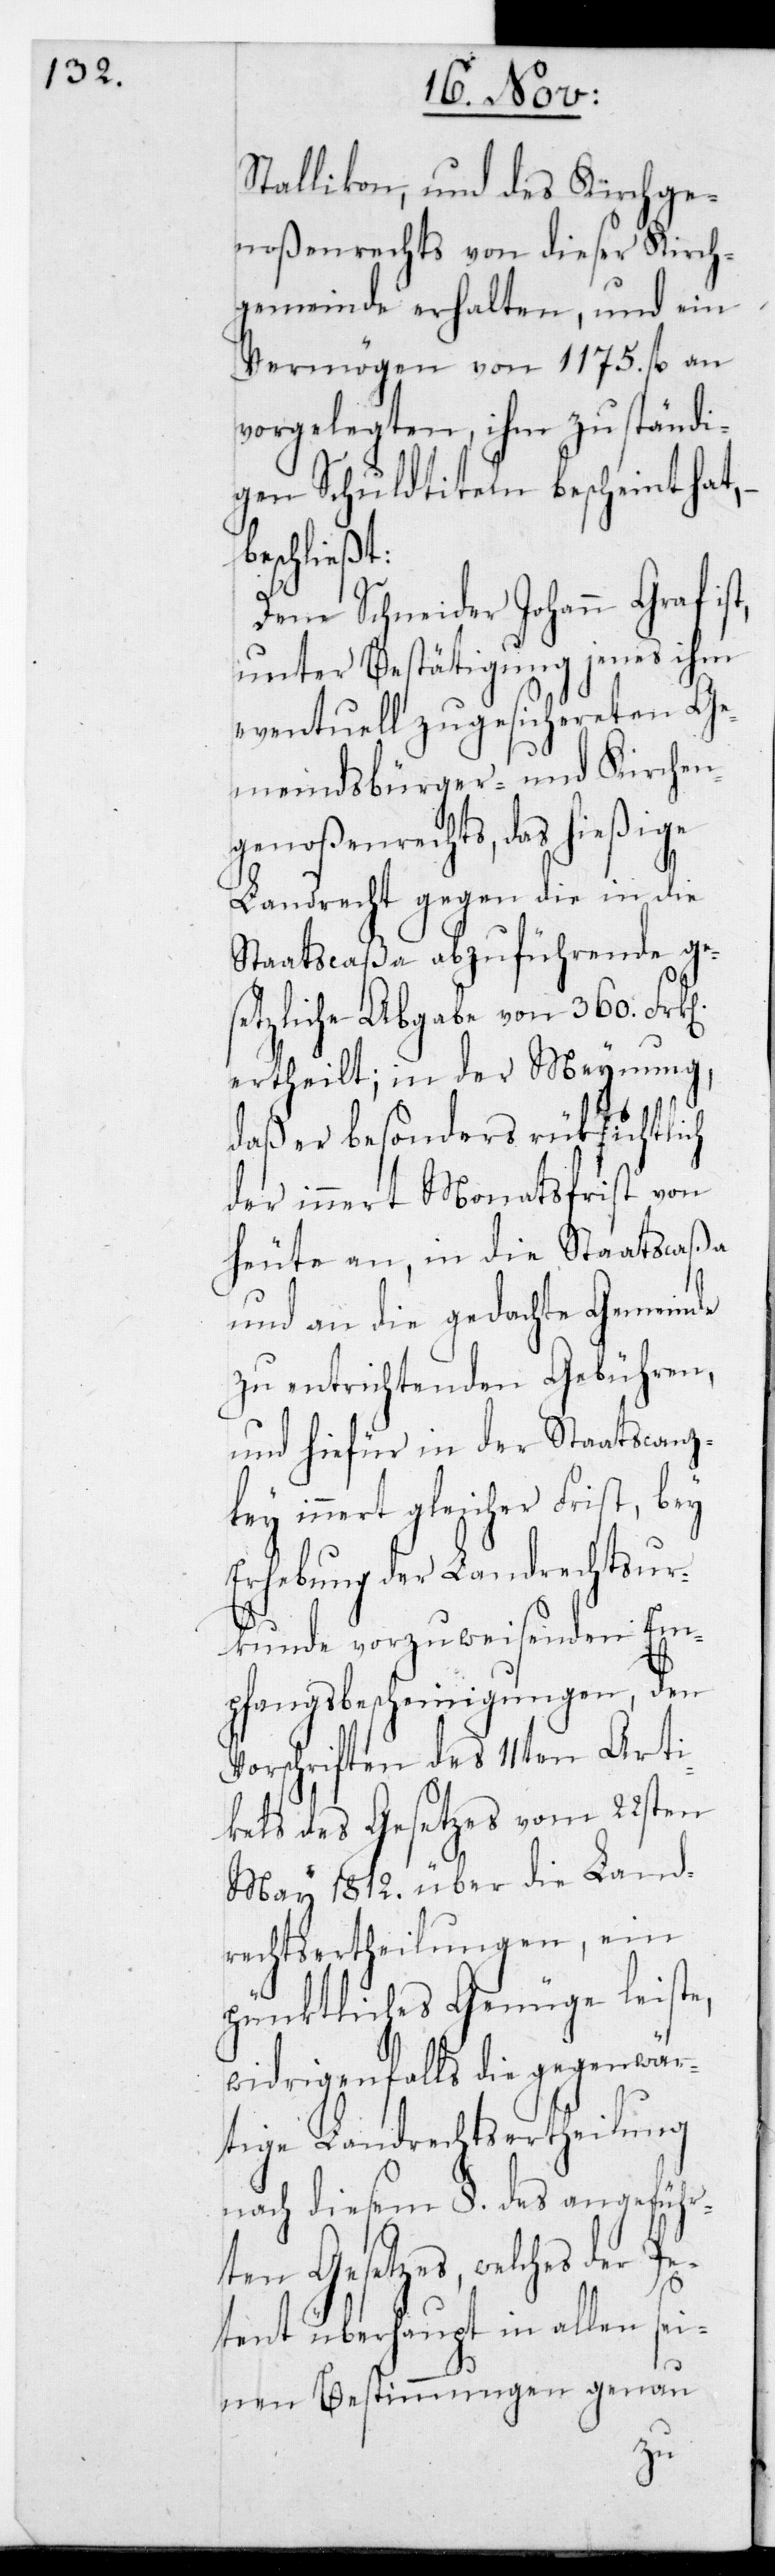
Stallikon, und des Kirchge¬
noßenrechts von dieser Kirch¬
gemeinde erhalten, und ein
Vermögen von 1175. fl. an
vorgelegten, ihm zuständi¬
gen Schuldtiteln bescheint hat,
beschließt:
Dem Schneider Johann Graf ist,
unter Bestätigung jenes ihm
eventuell zugesichereten Ge¬
meindsbürger- und Kirchen¬
genoßenrechts, das hießige
Landrecht gegen die in die
Staatscaßa abzuführende ge¬
setzliche Abgabe von 360. Frk[e¬
n]ertheilt; in der Meynung,
daß er besonders rücksichtlich
der innert Monatsfrist von
heute an, in die Staatscaßa
und an die gedachte Gemeinde
zu entrichtenden Gebühren,
und hiefür in der Staatscanzl¬
ey innert gleicher Frist, bey
Erhebung der Landrechtsur¬
kunde vorzuweisenden Em¬
pfangsbescheinigungen, den
Vorschriften des 11ten Arti¬
kels des Gesetzes vom 22sten
May 1812. über die Land¬
rechtsertheilungen, ein
pünktliches Genüge leiste,
widrigenfalls die gegenwär¬
tige Landrechtsertheilung
nach diesem §.. des angeführ¬
ten Gesetzes, welches der Pe¬
tent überhaupt in allen sei¬
nen Bestimmungen genau